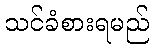
သင်ခံစားရမည်